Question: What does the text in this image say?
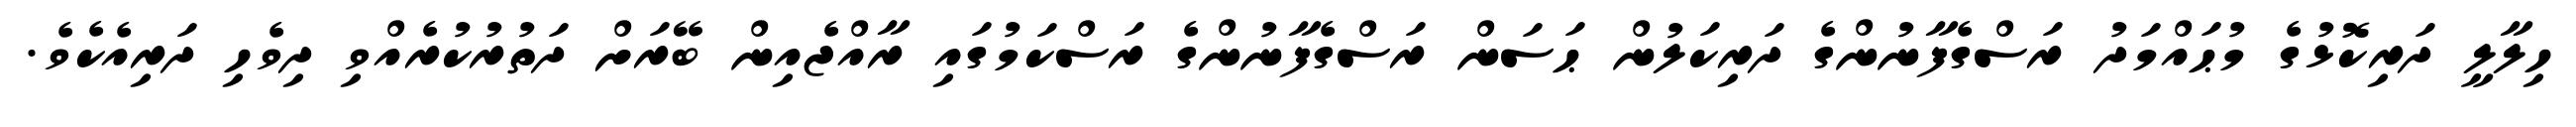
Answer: ހިލާލީ ދަރިކޮޅުގެ މުޙައްމަދު ރަސްގެފާނުންގެ ދަރިކަލުން ޙަސަން ރަސްގެފާނުންގެ ރަސްކަމުގައި ރާއްޖެއިން ބޭރަށް ދަތުރުކުރެއްވި ދިވެހި ދަރިއެކެވެ.